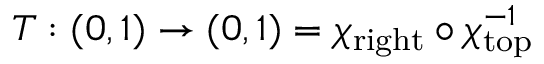
T : ( 0 , 1 ) \rightarrow ( 0 , 1 ) = \chi _ { \mathrm { r i g h t } } \circ \chi _ { \mathrm { t o p } } ^ { - 1 }